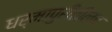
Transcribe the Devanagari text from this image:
धर्मापुरीतीलच